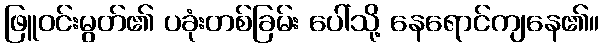
ဖြူဝင်းမွတ်၏ ပခုံးတစ်ခြမ်း ပေါ်သို့ နေရောင်ကျနေ၏။